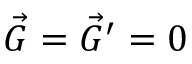
\vec { G } = \vec { G } ^ { \prime } = 0